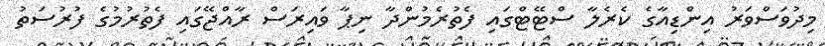
މިދުވަސްވަރު އިންޑިއާގެ ކެރެލާ ސްޓޭޓްގައި ފެތުރެމުންދާ ނިޕާ ވައިރަސް ރާއްޖޭގައި ފެތުރުމުގެ ފުރުސަތު